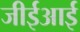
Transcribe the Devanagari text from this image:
जीईआई